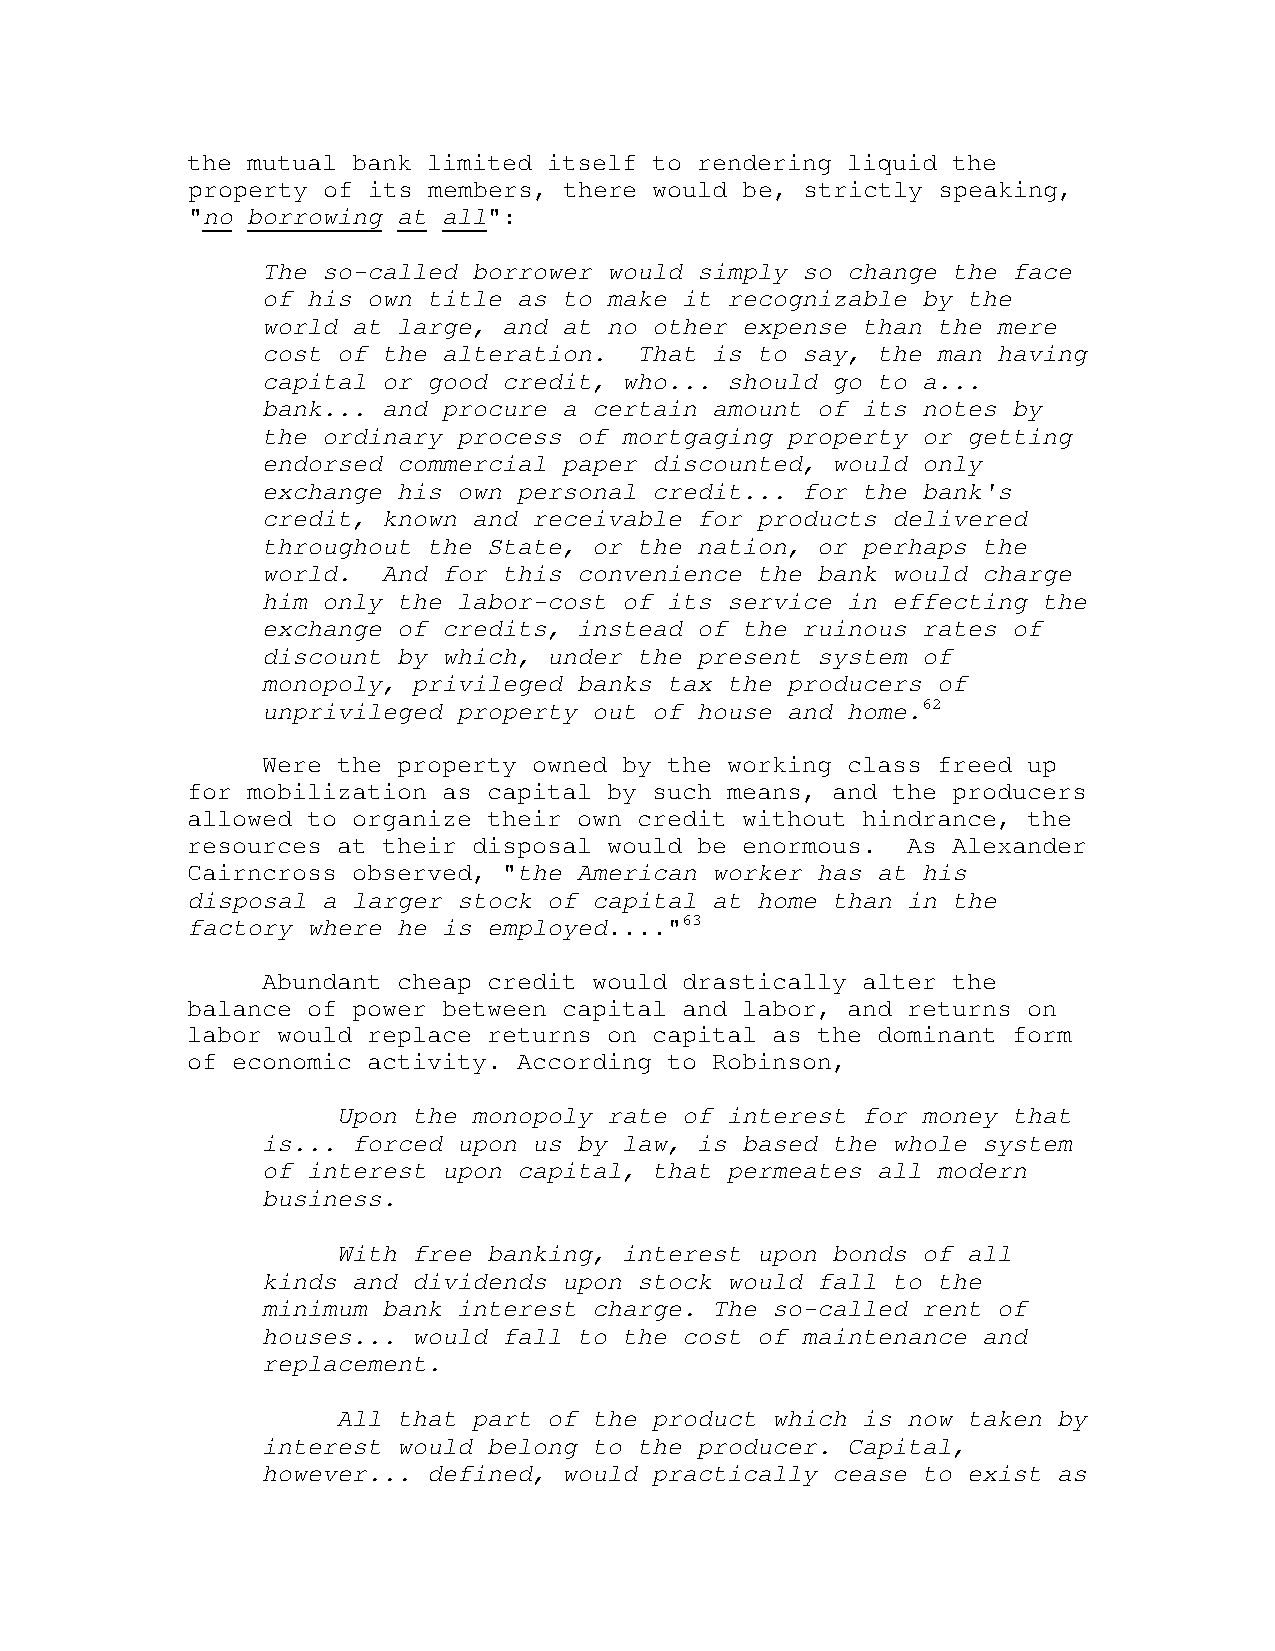
the mutual bank limited itself to rendering liquid the
 property of its members, there would be, strictly speaking,
 "no borrowing at all":
 The so-called borrower would simply so change the face
 of his own title as to make it recognizable by the
 world at large, and at no other expense than the mere
 cost of the alteration.  That is to say, the man having
 capital or good credit, who... should go to a...
 bank... and procure a certain amount of its notes by
 the ordinary process of mortgaging property or getting
 endorsed commercial paper discounted, would only
 exchange his own personal credit... for the bank's
 credit, known and receivable for products delivered
 throughout the State, or the nation, or perhaps the
 world.  And for this convenience the bank would charge
 him only the labor-cost of its service in effecting the
 exchange of credits, instead of the ruinous rates of
 discount by which, under the present system of
 monopoly, privileged banks tax the producers of
 unprivileged property out of house and home.62
 Were the property owned by the working class freed up
 for mobilization as capital by such means, and the producers
 allowed to organize their own credit without hindrance, the
 resources at their disposal would be enormous.  As Alexander
 Cairncross observed, "the American worker has at his
 disposal a larger stock of capital at home than in the
 factory where he is employed...."63
 Abundant cheap credit would drastically alter the
 balance of power between capital and labor, and returns on
 labor would replace returns on capital as the dominant form
 of economic activity. According to Robinson,
 Upon the monopoly rate of interest for money that
 is... forced upon us by law, is based the whole system
 of interest upon capital, that permeates all modern
 business.
 With free banking, interest upon bonds of all
 kinds and dividends upon stock would fall to the
 minimum bank interest charge. The so-called rent of
 houses... would fall to the cost of maintenance and
 replacement.
 All that part of the product which is now taken by
 interest would belong to the producer. Capital,
 however... defined, would practically cease to exist as